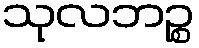
သုလဘဉ္စ